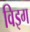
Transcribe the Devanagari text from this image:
विइग